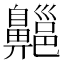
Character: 齆